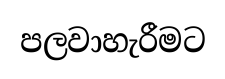
පලවාහැරීමට